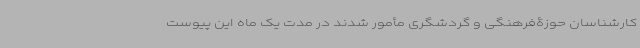
کارشناسان حوزۀفرهنگی و گردشگری مأمور شدند در مدت یک ماه این پیوست